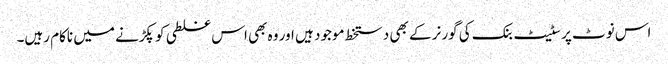
اس نوٹ پر سٹیٹ بنک کی گورنر کے بھی دستخط موجود ہیں اور وہ بھی اس غلطی کو پکڑنے میں ناکام رہیں۔